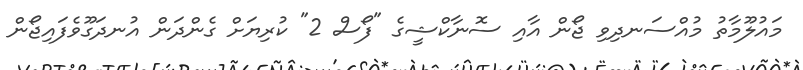
މައުލޫމާތު މުއްސަނދިވި ޖޯން އާއި ސޮނާކްޝީގެ "ފޯސް 2" ކުރިޔަށް ގެންދަން އުނދަގޫވެފައިޖޯން